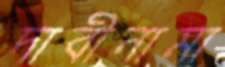
দাবীনামা